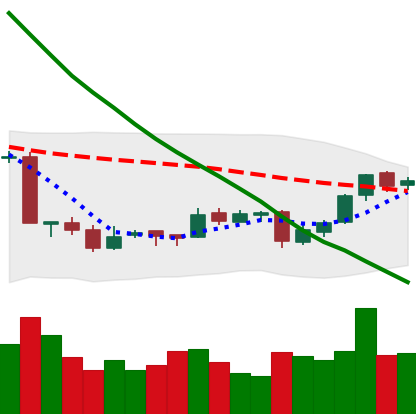
Ticker: EOS-USD
Chart end date: 2018-09-23
Forward return: -4.162%
Label: down_3_5